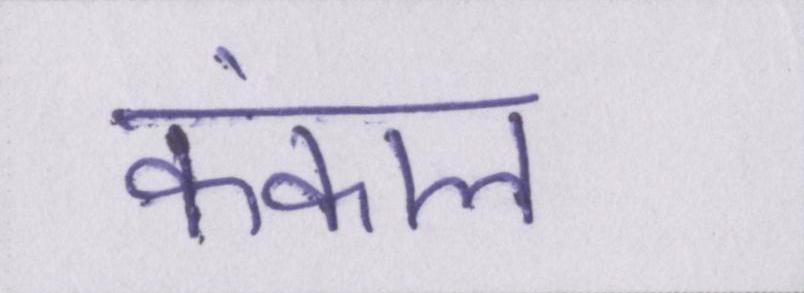
कंकाल